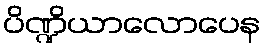
ပိဏ္ဍိယာလောပေန